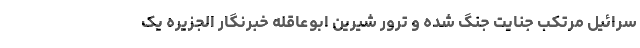
سرائیل مرتکب جنایت جنگ شده و ترور شیرین ابوعاقله خبرنگار الجزیره یک